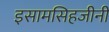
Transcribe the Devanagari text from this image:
इसामसिहजीनी